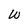
Character: W